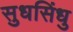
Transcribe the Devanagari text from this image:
सुधसिंधु